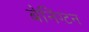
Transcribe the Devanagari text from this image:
बेनिंग्टन